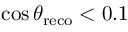
\cos \theta _ { \mathrm { r e c o } } < 0 . 1